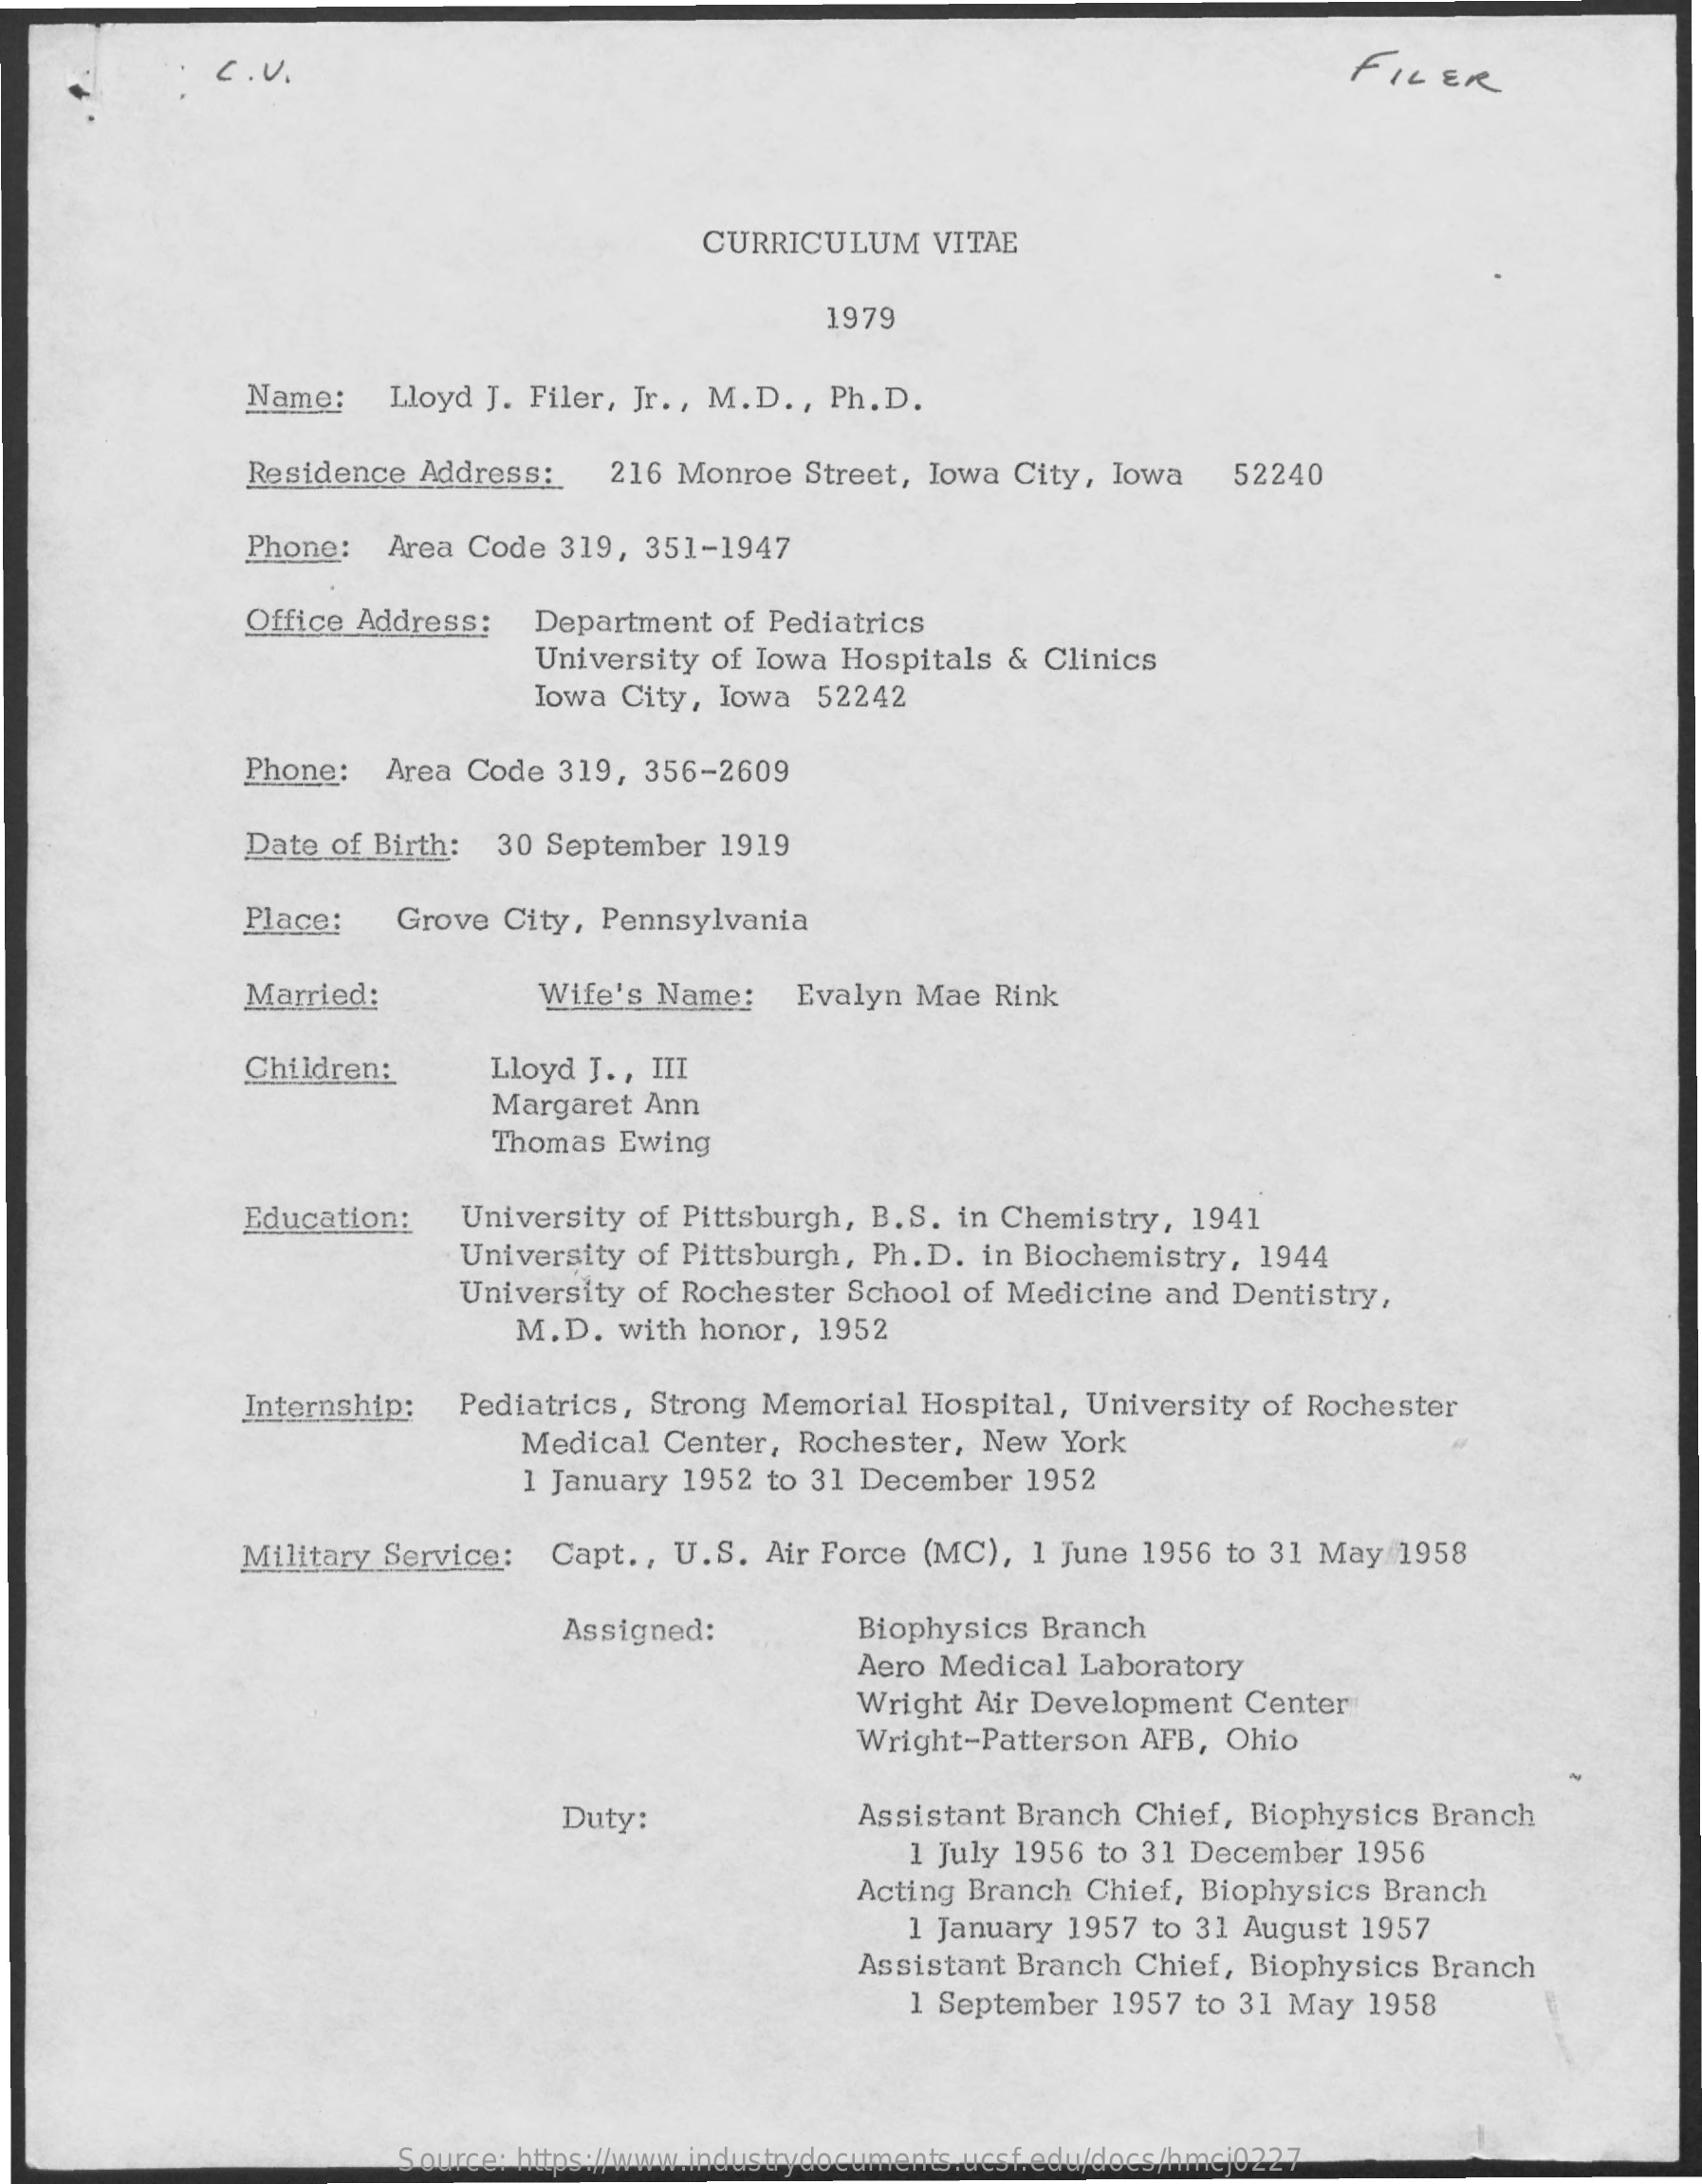
C . V.    FILER
     CURRICULUM   VITAE
     1979
     Name:  Lloyd J. Filer, Jr. , M.D. , Ph. D.
     Residence Address: 216 Monroe Street, Iowa City, Iowa 52240
     Phone: Area Code 319, 351-1947
     Office Address: Department of Pediatrics
     University of Iowa Hospitals & Clinics
     Iowa City, Iowa 52242
     Phone:  Area Code 319, 356-2609
     Date of Birth: 30 September 1919
     Place:  Grove City, Pennsylvania
     Married:    Wife's Name:  Evalyn Mae Rink
     Children:    Lloyd J ., III
     Margaret Ann
     Thomas Ewing
     Education:  University of Pittsburgh, B. S. in Chemistry, 1941
     University of Pittsburgh, Ph. D. in Biochemistry, 1944
     University of Rochester School of Medicine and Dentistry,
     M.D.  with honor, 1952
     Internship: Pediatrics, Strong Memorial Hospital, University of Rochester
     Medical Center, Rochester, New York
     1 January 1952 to 31 December 1952
     Military Service: Capt ., U.S. Air Force (MC), 1 June 1956 to 31 May 1958
     Assigned:    Biophysics Branch
     Aero Medical Laboratory
     Wright Air Development Center
     Wright-Patterson AFB, Ohio
     Duty:    Assistant Branch Chief, Biophysics Branch
     1 July 1956 to 31 December 1956
     Acting Branch Chief, Biophysics Branch
     1 January 1957 to 31 August 1957
     Assistant Branch Chief, Biophysics Branch
     1 September 1957 to 31 May 1958
     Source: https://www.industrydocuments.ucsf.edu/docs/hmcj0227